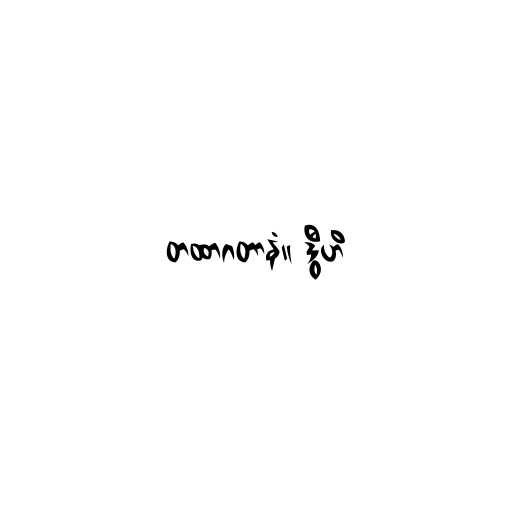
တထာဂတာနံ။ ဒွီဟိ